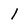
Character: 1